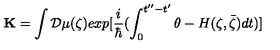
{ \bf K } = \int { \cal D } \mu ( \zeta ) e x p [ \frac { i } { \hbar } ( \int _ { 0 } ^ { t ^ { \prime \prime } - t ^ { \prime } } \theta - H ( \zeta , \bar { \zeta } ) d t ) ]